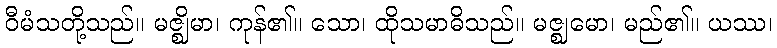
ဝီမံသတို့သည်။ မဇ္ဈိမာ၊ ကုန်၏။ သော၊ ထိုသမာဓိသည်။ မဇ္ဈမော၊ မည်၏။ ယဿ၊